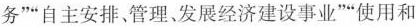
务””自主安排、管理。发展经济建设事业””使用和